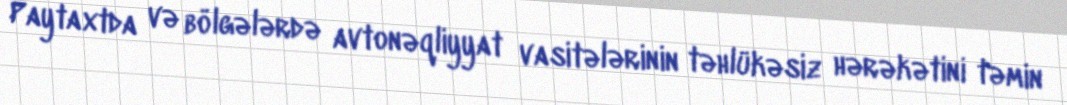
Paytaxtda və bölgələrdə avtonəqliyyat vasitələrinin təhlükəsiz hərəkətini təmin